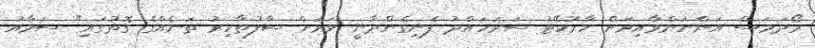
ރޯދަމަސް އަންނަންވާއިރަށް މާރުކޭޓު ސަރަހައްދު ފެނިގެންދާނީ ވަރަށް ސާފުތާހިރު ތަނެއްގެ ގޮތުގައި" ސަމާއު